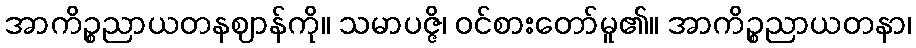
အာကိဉ္စညာယတနဈာန်ကို။ သမာပဇ္ဇိ၊ ဝင်စားတော်မူ၏။ အာကိဉ္စညာယတနာ၊